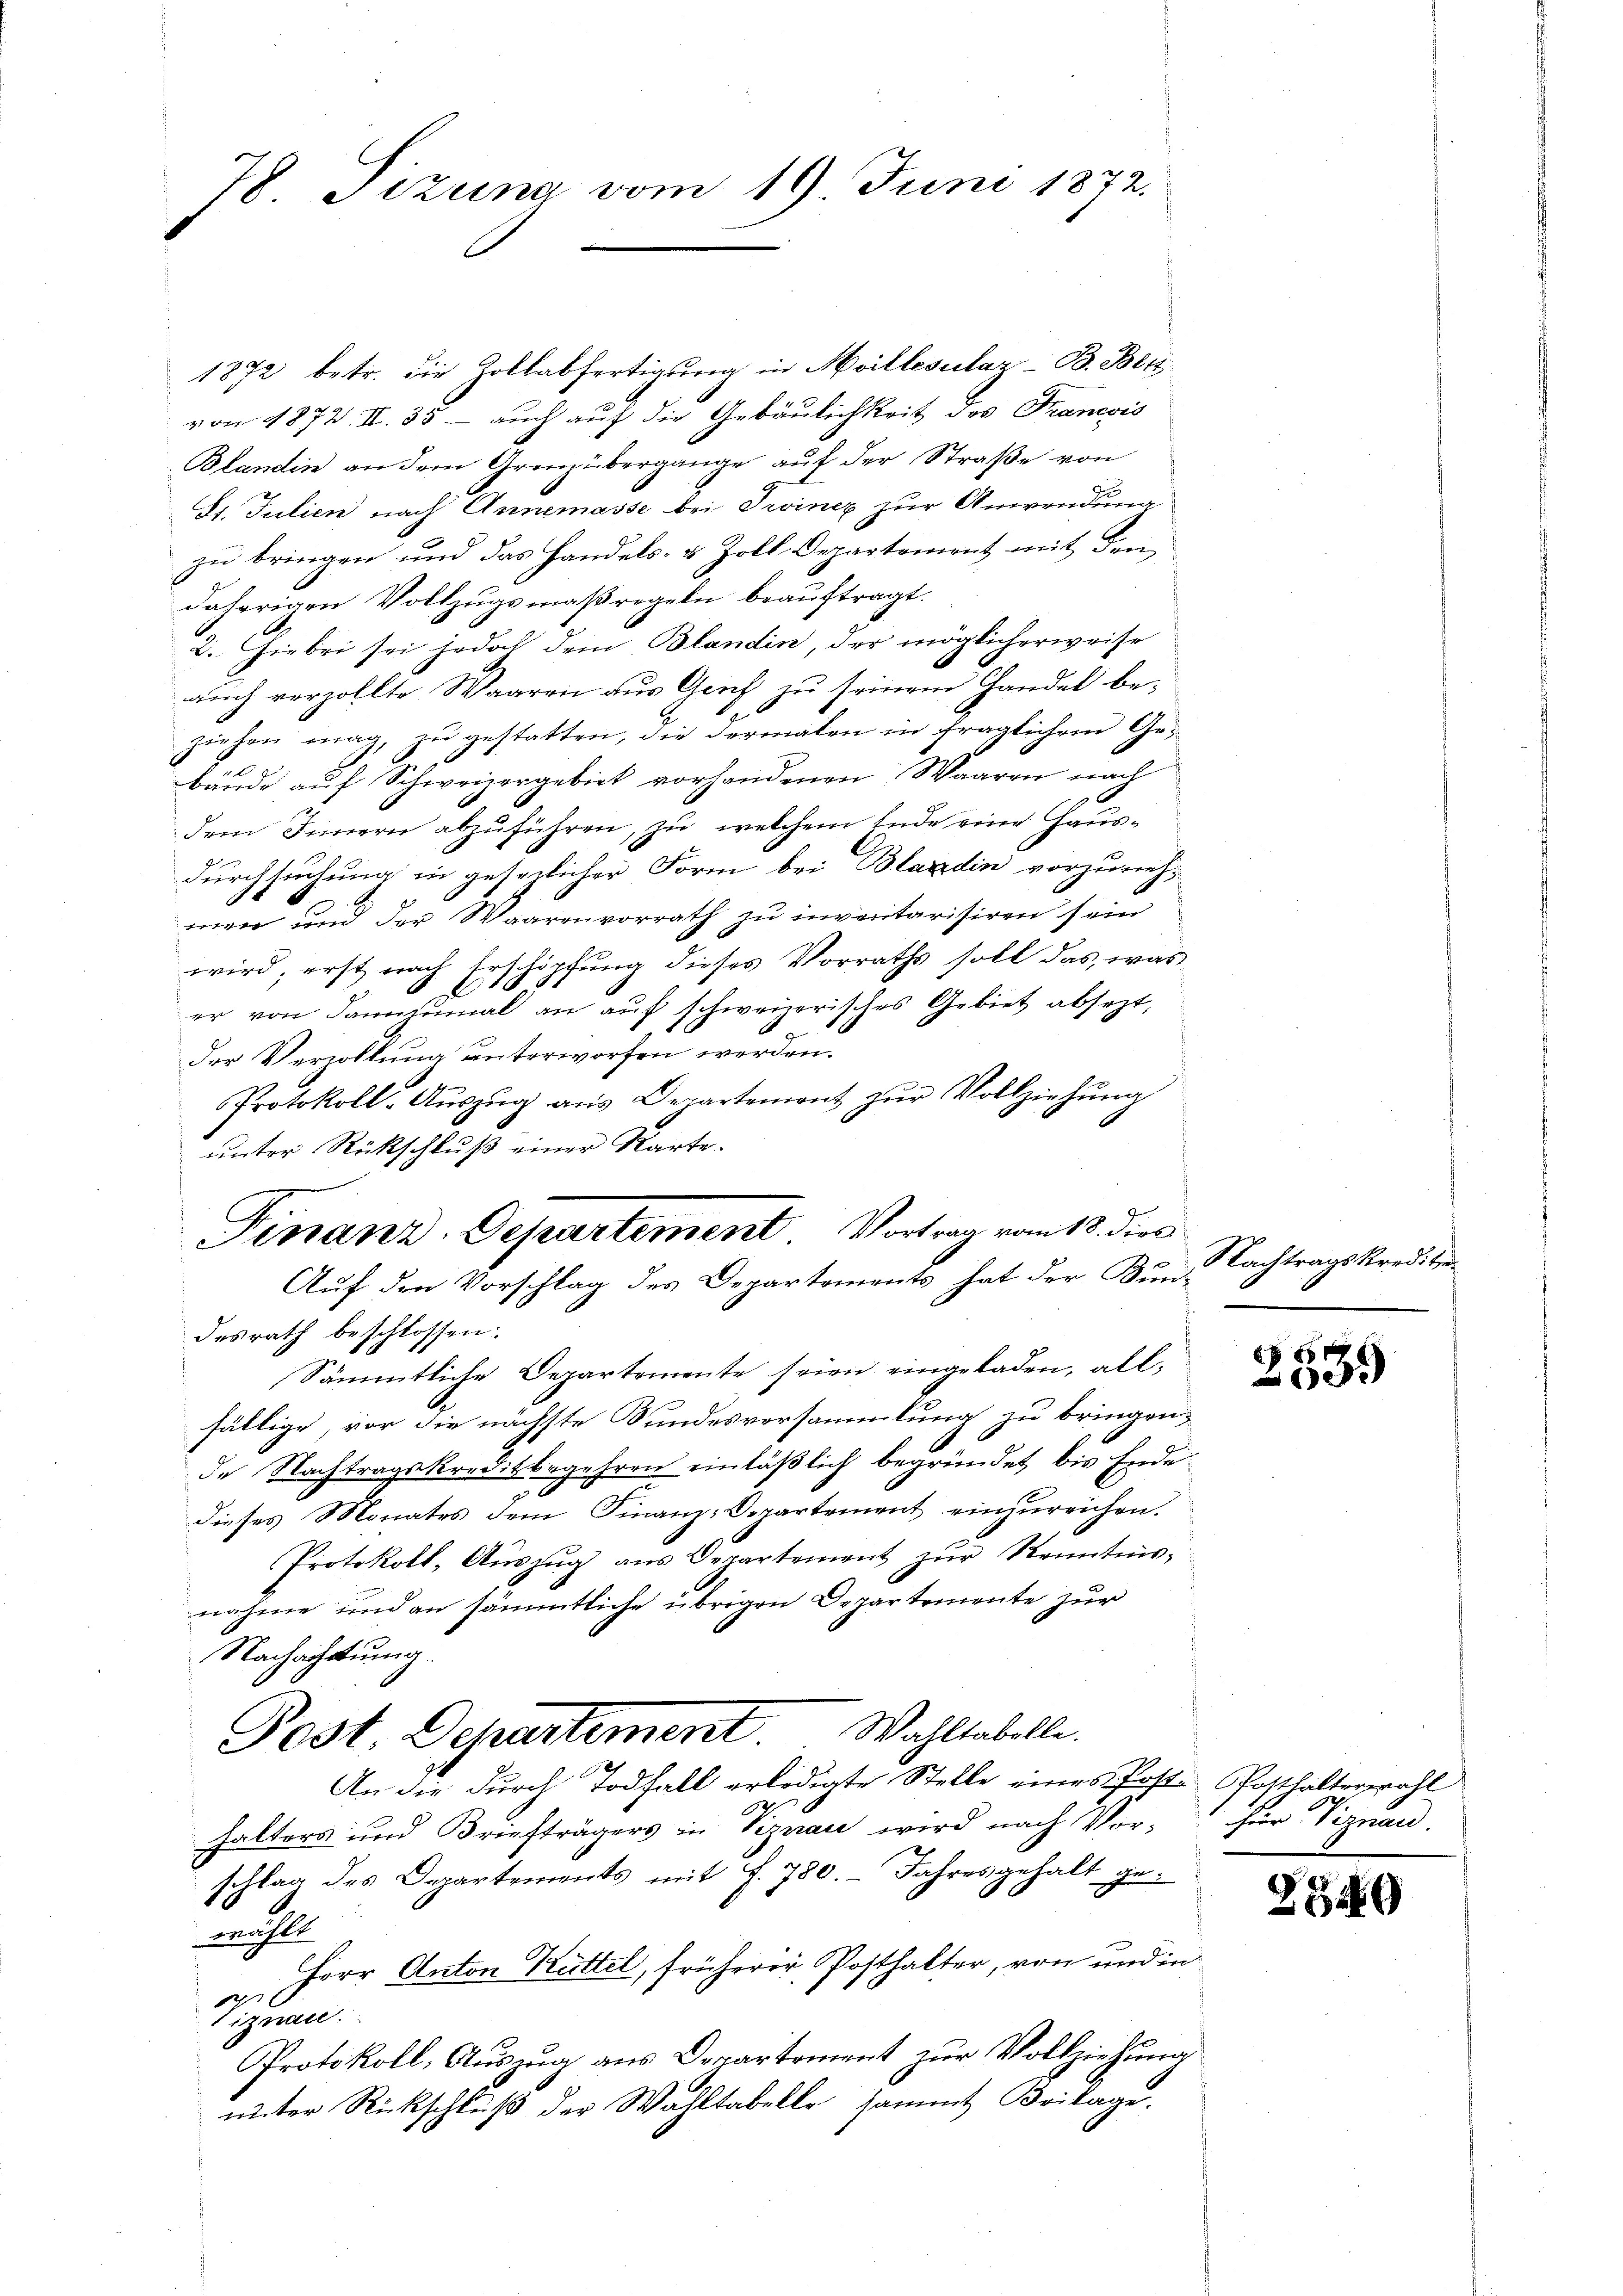
78. Sizung vom 16 Juni 1872.

1872 betr. die Zollabfertigung in Meillesutaz- B. Beiz
von 1872. II. 35 – auch auf die Gebäulichkeit des Francois
Blandin an dem Grenz übergange auf der Straße von
St. Julien nach Annemasse bei Troinez zur Anwendung
zu bringen und das Handels- & Zoll Departement mit den
daherigen Vollzugsmaßregeln beauftragt.
2. Hiebei sei jedoch dem Blandin, der möglicherweise
auch verzollte Waaren aus Genf zu seinem Handel beziehen mag, zŭ gestatten, die dermalen in fraglichem Ges
bäude auf Schweizergebiet vorhandenen Waaren nach
dem Innern abzuführen, zu welchem Ende eine Hausdurchsuchung in gesezlicher Form bei Blandin vorzunehmen und der Waarenvorrath zu invertarisiren sein
wird, erst nach Erschöpfung dieses Vorraths soll das, was
l
er von dannzumal an auf schweizerisches Gebiet absezt,
c
der Verzollung unterworfen werden.
Protokoll-Aŭszŭg aŭs Departement zŭr Vollziehŭng
unter Rückschluß einer Karte.
desrath beschlossen:
Sämmtliche Departemente seien eingeladen, allfällige, vor die nächste Bundesversammlung zu bringen,
de Nachtragskreditbegehren einläßlich begründet, bis Endedieses Monates dem Finanz-Departement einzureichen.
Protokoll, Aŭszŭg ans Departement zŭr Kenntnis-
nahme und an sämmtliche übrigen Departemente zur
Nachachtung.
Post. Departement Wahltabelle.
An die durch Todfall erledigte Stelle eines Post. Posthalterwahl
halters und Briefträgers in Viznau wird nach Ver-
schlag des Departements mit f. 780. Jahresgehalt gewählt
Herr Anton Küttel, früherer Posthalter, von und in
Viznac
Protokoll, Auszug aus Departement zur Vollziehung
unter Rückschluß der Wahltabelle sammt Britage.

Finanz-Departement Vortrag vom 18. dies
Auf den Vorschlag des Departements hat der Bun¬

Nachtragskrediti

850
009

für Viznan.

ZBG